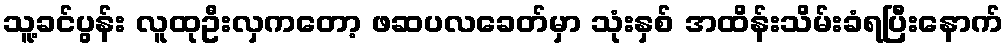
သူ့ခင်ပွန်း လူထုဦးလှကတော့ ဖဆပလခေတ်မှာ သုံးနှစ် အထိန်းသိမ်းခံရပြီးနောက်